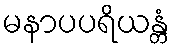
မနာပပရိယန္တံ